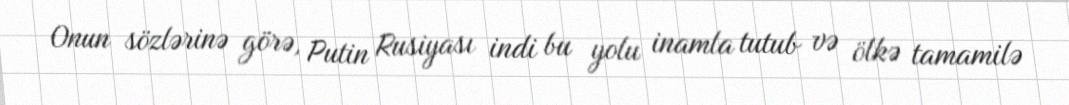
Onun sözlərinə görə, Putin Rusiyası indi bu yolu inamla tutub və ölkə tamamilə